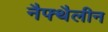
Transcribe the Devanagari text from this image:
नैफ्थैलीन